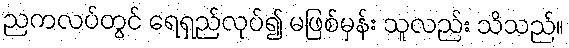
ညကလပ်တွင် ရေရှည်လုပ်၍ မဖြစ်မှန်း သူလည်း သိသည်။